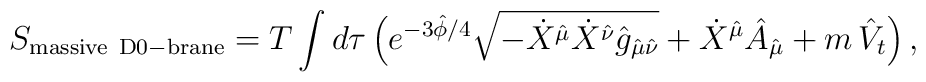
S_{\rm massive\  D0-brane}=T\int d\tau\,\Big(e^{-3\hat{\phi}/4}\sqrt{-\dot{X}^{\hat{\mu}}\dot{X}^{\hat{\nu}} \hat{g}_{\hat{\mu}\hat{\nu}}}+\dot{X}^{\hat{\mu}} \hat{A}_{\hat{\mu}}+m\,\hat{V}_t\Big)\,,